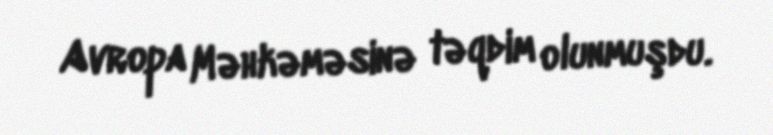
Avropa Məhkəməsinə təqdim olunmuşdu.